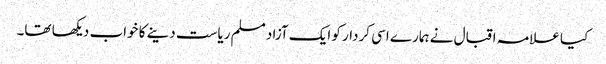
کیا علامہ اقبال نے ہمارے اسی کردار کو ایک آزاد مسلم ریاست دینے کا خواب دیکھا تھا۔